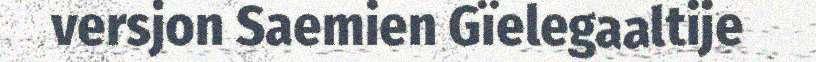
versjon Saemien Gïelegaaltije